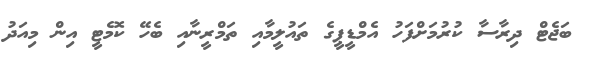
ބަޖެޓް ދިރާސާ ކުރުމަށްފަހު އެމްޑީޕީގެ ތައުލީމާއި ތަމްރީނާއި ބެހޭ ކޮމެޓީ އިން މިއަދު